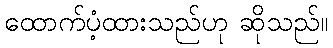
ထောက်ပံ့ထားသည်ဟု ဆိုသည်။